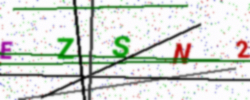
Text: EZSN2